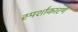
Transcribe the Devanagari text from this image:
स्पर्शाकारणे